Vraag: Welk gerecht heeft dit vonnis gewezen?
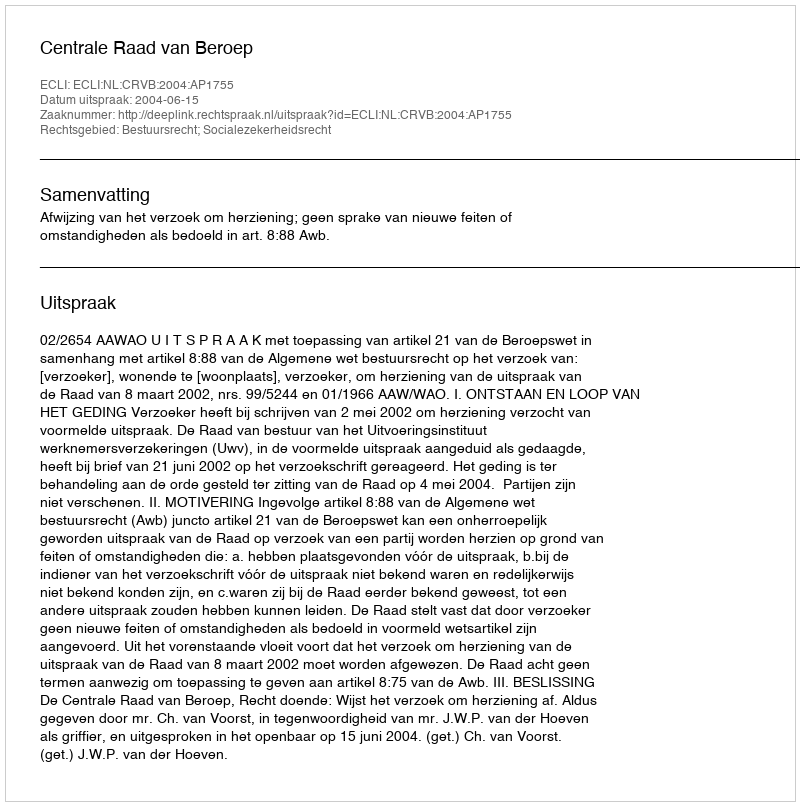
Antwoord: Centrale Raad van Beroep